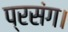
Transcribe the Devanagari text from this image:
प्रसंग।